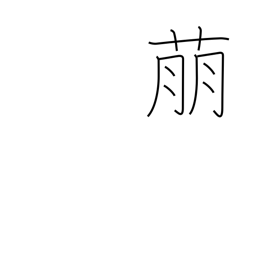
Meaning: show symptoms of